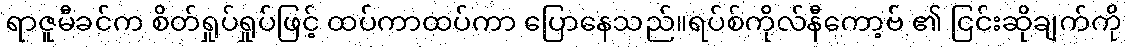
ရာဇူမီခင်က စိတ်ရှုပ်ရှုပ်ဖြင့် ထပ်ကာထပ်ကာ ပြောနေသည်။ရပ်စ်ကိုလ်နီကော့ဗ် ၏ ငြင်းဆိုချက်ကို